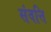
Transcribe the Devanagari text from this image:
संवत्ति